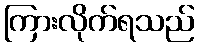
ကြားလိုက်ရသည်